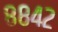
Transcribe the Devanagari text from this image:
८८४२